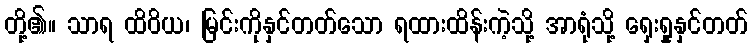
တို့၏။ သာရ ထိဝိယ၊ မြင်းကိုနှင်တတ်သော ရထားထိန်းကဲ့သို့ အာရုံသို့ ရှေးရှုနှင်တတ်